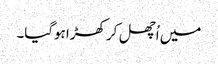
میں اُچھل کر کھڑا ہوگیا۔